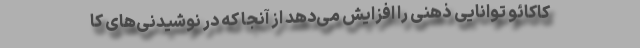
کاکائو توانایی ذهنی را افزایش می‌دهد از آنجا که در نوشیدنی‌های کا